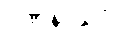
ဂဏနာသိပ္ပံ